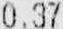
0.37